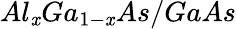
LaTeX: Al_{\mathit{x}}Ga_{1-\mathit{x}}As/GaAs